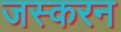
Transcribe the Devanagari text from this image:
जस्करन